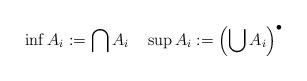
LaTeX: \begin{align*} \inf A_i :=\bigcap A_i\quad\sup A_i :=\left(\bigcup A_i\right)^\bullet \end{align*}